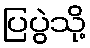
ပြပွဲသို့